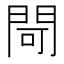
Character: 閜